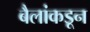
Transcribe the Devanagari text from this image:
बैलांकडून